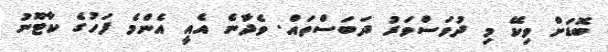
ބޮޑަށް ވިކޭ މި ދުވަސްވަރު ދަބަސްތައް. ވެދާނެ އެއީ އެންމެ ފަހުގެ ކާޓޫނު